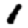
Digit: 1